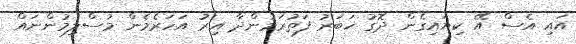
އައި އެސް އޭ ކިޔައިގެން ދޮގު ޚަބަރު ފަތުރަމުންދާ އިރު އަހަރެެމެން މުސްލިމުންނައް